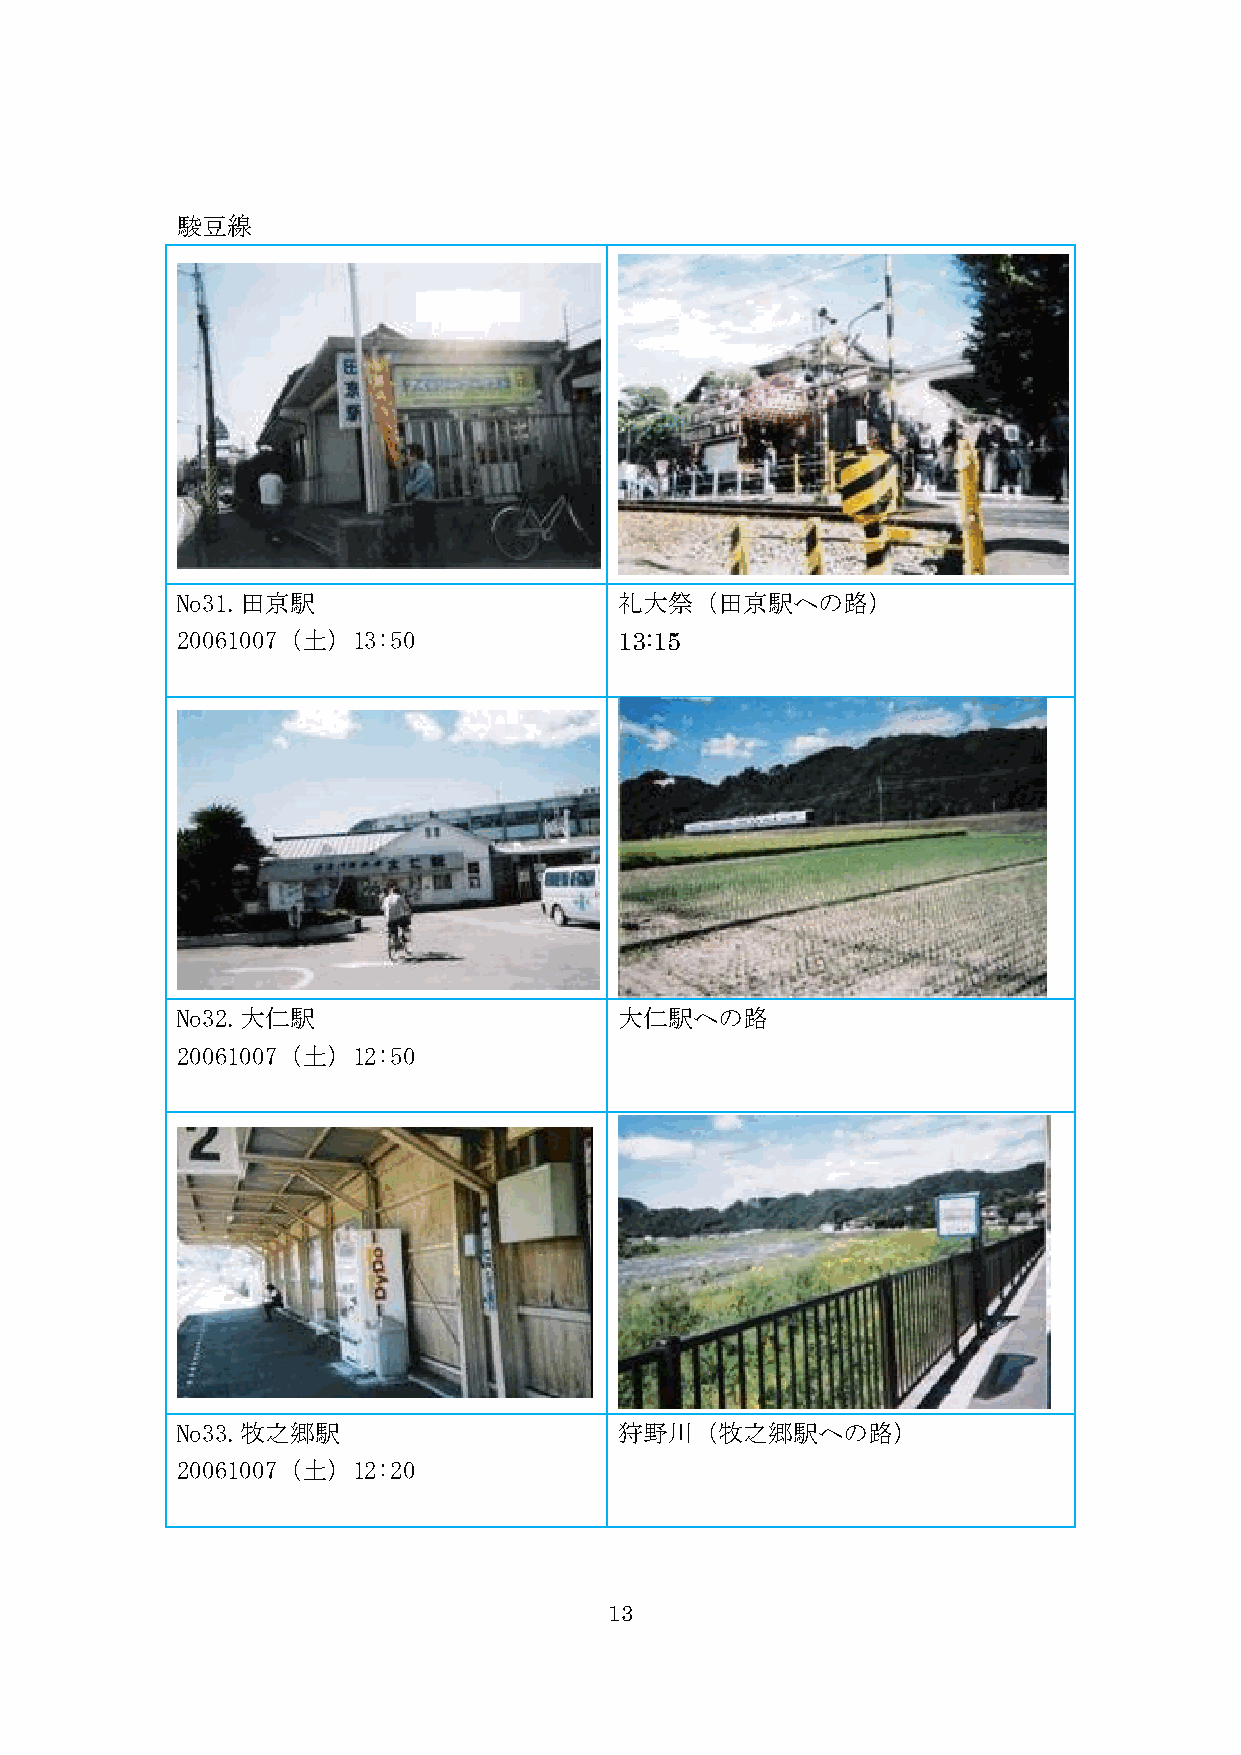
駿豆線
 No31.田京駅                     礼大祭（田京駅への路）
 20061007（土）13:50             13:15
 No32.大仁駅                     大仁駅への路
 20061007（土）12:50
 No33.牧之郷駅                    狩野川（牧之郷駅への路）
 20061007（土）12:20
 13